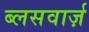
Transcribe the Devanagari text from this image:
ब्लसवार्ज़